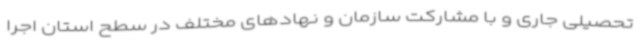
تحصیلی جاری و با مشارکت سازمان و نهادهای مختلف در سطح استان اجرا